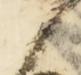
御